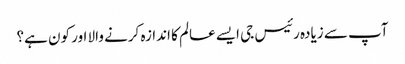
آپ سے زیادہ رئیس جی ایسے عالم کا اندازہ کرنے والا اور کون ہے؟